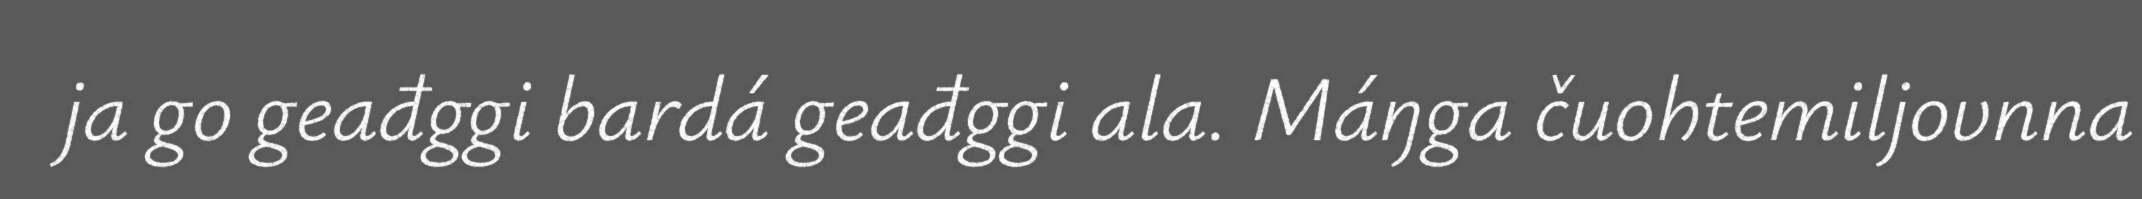
ja go geađggi bardá geađggi ala. Máŋga čuohtemiljovnna